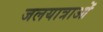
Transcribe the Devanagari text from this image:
जलयात्राओं